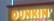
dunkin'